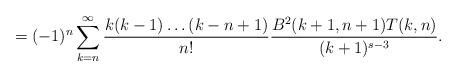
LaTeX: \begin{align*}=(-1)^n\sum_{k=n}^{\infty}\frac{k(k-1)\dots(k-n+1)}{n!}\frac{B^2(k+1, n+1)T(k, n)}{(k+1)^{s-3}}.\end{align*}